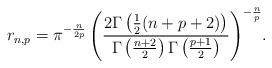
LaTeX: \begin{align*}r_{n,p} = {\pi^{-\frac{n}{2 p}} \left(\frac{2 \Gamma \left(\frac{1}{2} (n+p+2)\right)}{\Gamma \left(\frac{n+2}{2}\right) \Gamma \left(\frac{p+1}{2}\right)}\right)^{-\frac{n}{p}}}.\end{align*}